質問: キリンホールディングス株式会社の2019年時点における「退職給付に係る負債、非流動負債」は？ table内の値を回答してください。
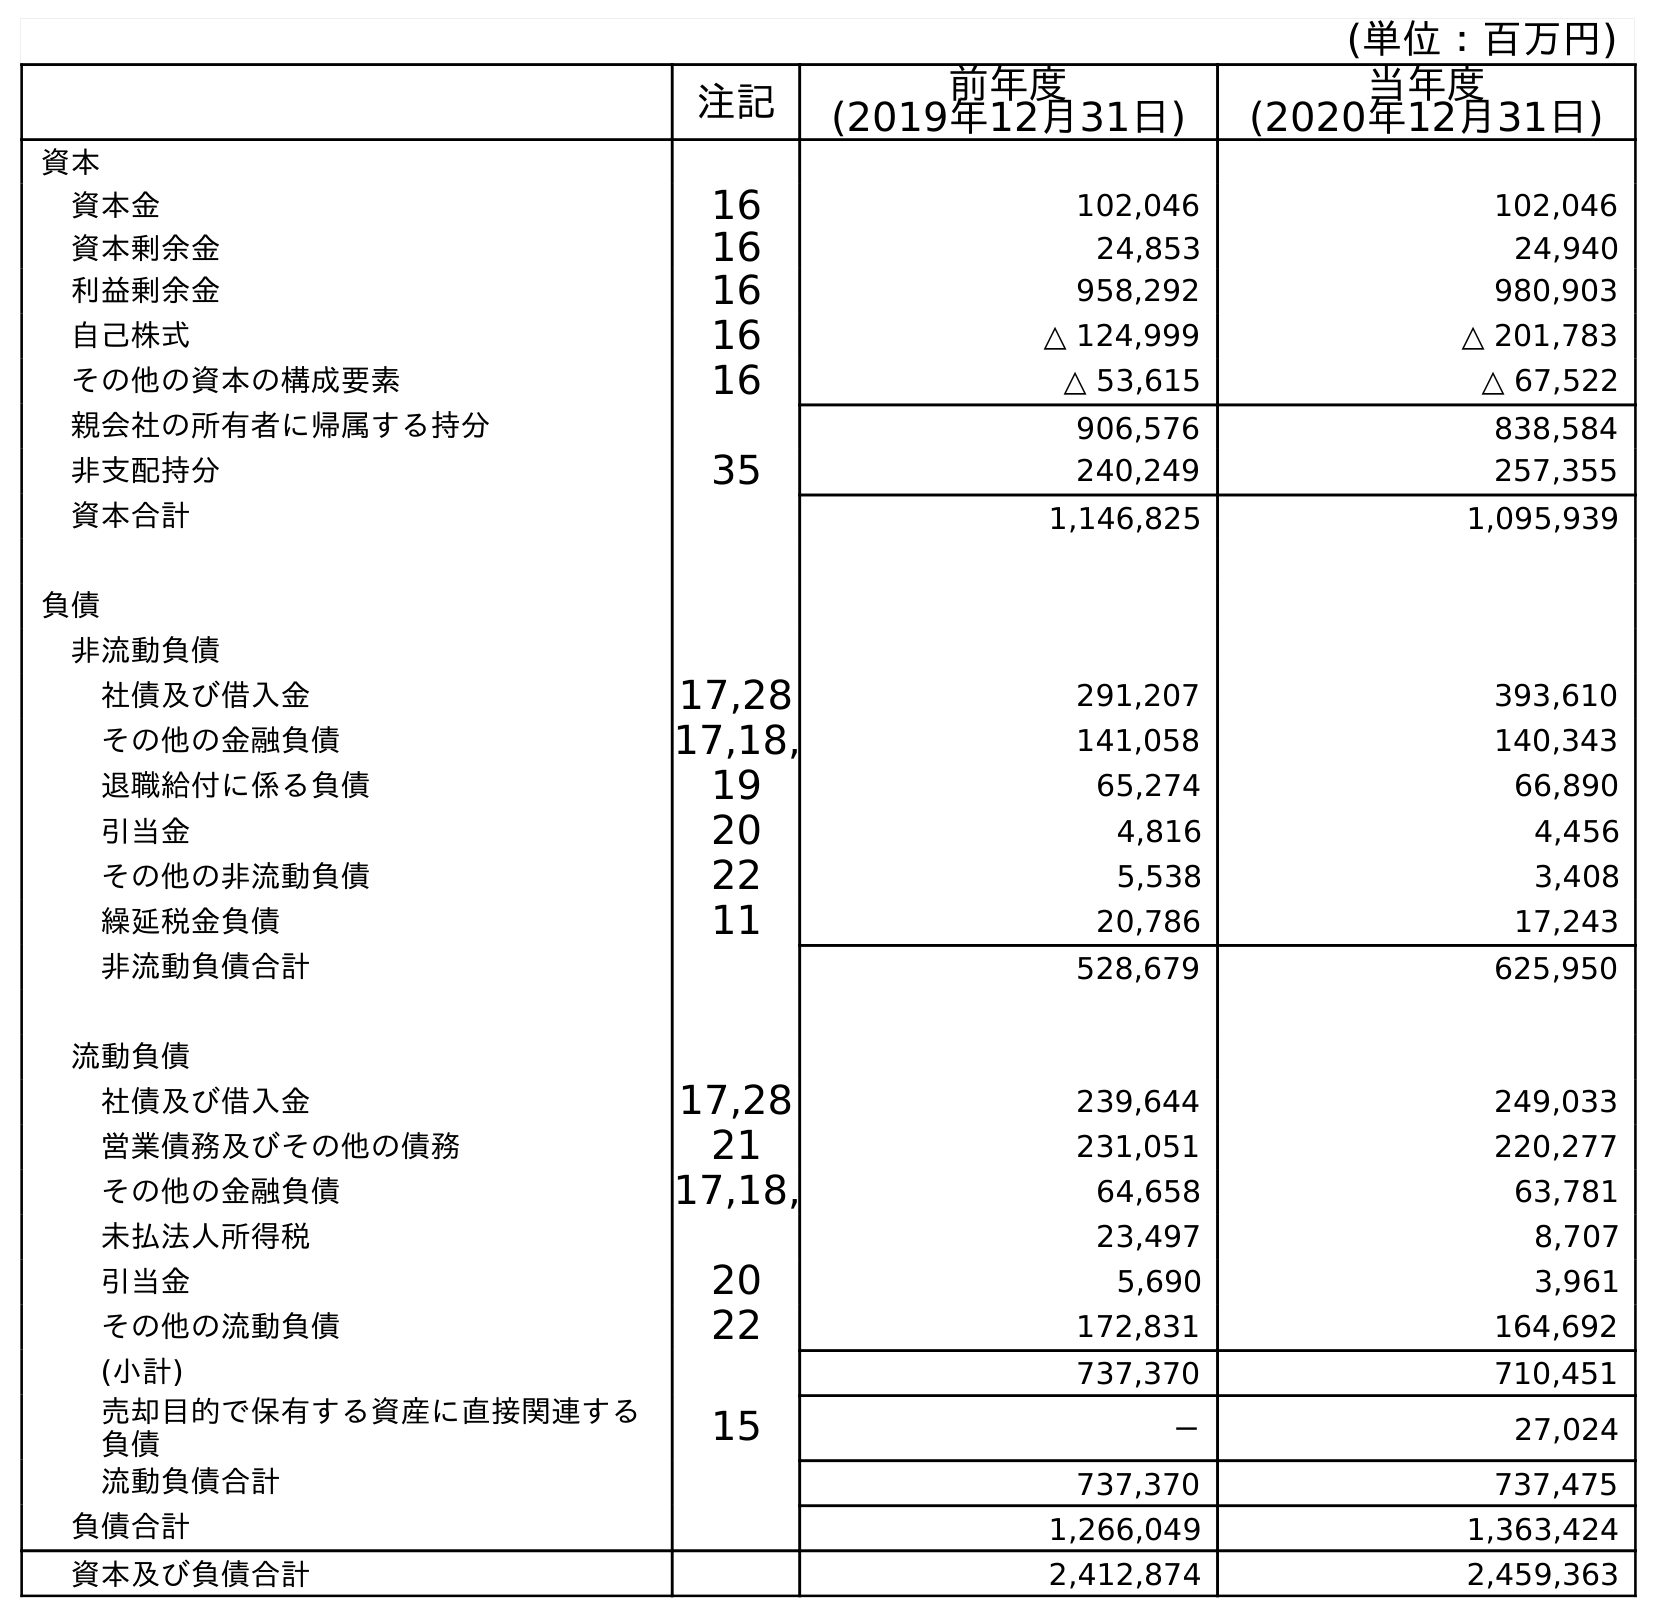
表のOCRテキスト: (単位：百万円) 注記 前年度 (2019年12月31日) 当年度 (2020年12月31日) 資本 資本金 16 102,046 102,046 資本剰余金 16 24,853 24,940 利益剰余金 16 958,292 980,903 自己株式 16 △ 124,999 △ 201,783 その他の資本の構成要素 16 △ 53,615 △ 67,522 親会社の所有者に帰属する持分 906,576 838,584 非支配持分 35 240,249 257,355 資本合計 1,146,825 1,095,939 負債 非流動負債 社債及び借入金 17,28 291,207 393,610 その他の金融負債 17,18, 141,058 140,343 退職給付に係る負債 19 65,274 66,890 引当金 20 4,816 4,456 その他の非流動負債 22 5,538 3,408 繰延税金負債 11 20,786 17,243 非流動負債合計 528,679 625,950 流動負債 社債及び借入金 17,28 239,644 249,033 営業債務及びその他の債務 21 231,051 220,277 その他の金融負債 17,18, 64,658 63,781 未払法人所得税 23,497 8,707 引当金 20 5,690 3,961 その他の流動負債 22 172,831 164,692 (小計) 737,370 710,451 売却目的で保有する資産に直接関連する 負債 15 － 27,024 流動負債合計 737,370 737,475 負債合計 1,266,049 1,363,424 資本及び負債合計 2,412,874 2,459,363
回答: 65,274